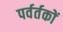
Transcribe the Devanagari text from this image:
पर्वर्तकों